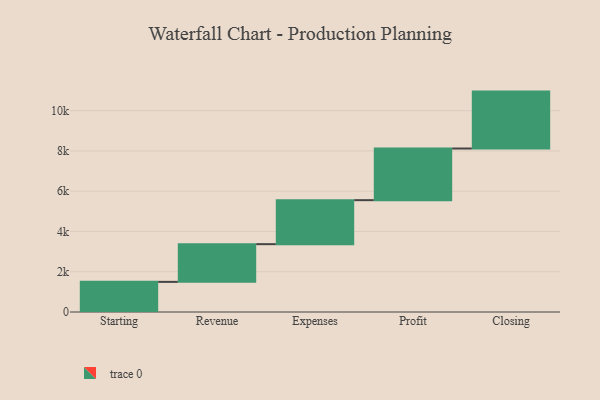
{"axis": {"x": "Step", "y": "Value"}, "legend": [""], "data": [{"x": "Starting", "y": 1497.0, "type": ""}, {"x": "Revenue", "y": 1873.0, "type": ""}, {"x": "Expenses", "y": 2186.0, "type": ""}, {"x": "Profit", "y": 2566.0, "type": ""}, {"x": "Closing", "y": 2827.0, "type": ""}]}